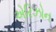
એરિઝોન